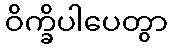
ဝိက္ခိပါပေတွာ